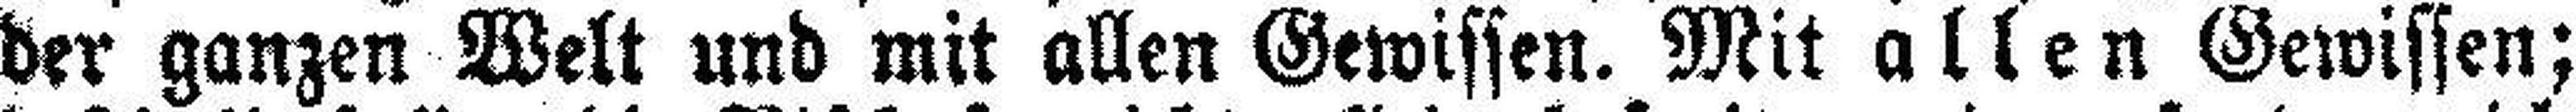
der ganzen Welt und mit allen Gewissen. Mit allen Gewissen;